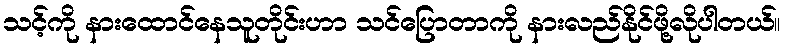
သင့်ကို နားထောင်နေသူတိုင်းဟာ သင်ပြောတာကို နားလည်နိုင်ဖို့လိုပါတယ်။